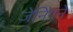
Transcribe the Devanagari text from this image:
जेनिंगने